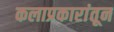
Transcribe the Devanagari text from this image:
कलाप्रकारांतून